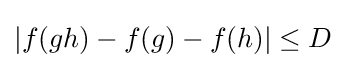
|f(gh)-f(g)-f(h)|\leq D